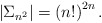
\begin{align*}\left| \Sigma_{n^2} \right| = \left( n! \right)^{2n} .\end{align*}